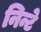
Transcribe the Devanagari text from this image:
निन्टे